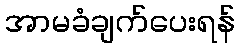
အာမခံချက်ပေးရန်